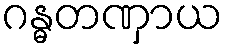
ဂန္ဓတဏှာယ